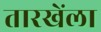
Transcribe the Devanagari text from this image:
तारखेंला